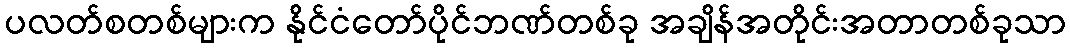
ပလတ်စတစ်များက နိုင်ငံတော်ပိုင်ဘဏ်တစ်ခု အချိန်အတိုင်းအတာတစ်ခုသာ